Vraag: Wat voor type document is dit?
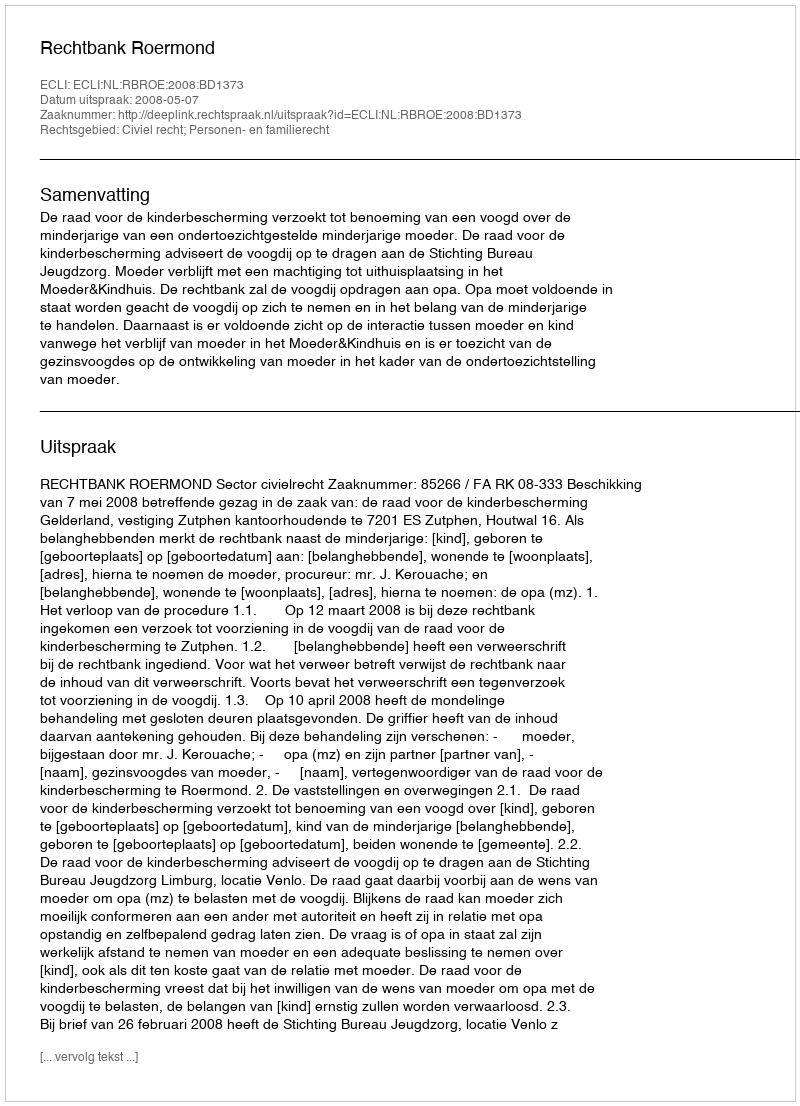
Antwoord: Uitspraak